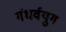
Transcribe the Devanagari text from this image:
गंधर्वयुग